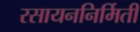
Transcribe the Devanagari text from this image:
रसायननिर्मिती